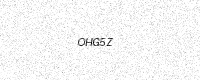
Text: OHG5Z